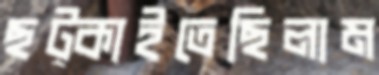
ছট্‌কাইতেছিলাম